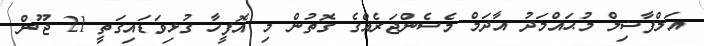
އަލްފާޟިލް މުޙައްމަދު އާދަމް މެސެންޖަރެއްގެ ގޮތުން މި އޮފީހާ ގުޅިވަޑައިގަތީ 21 ޖޫން